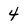
Character: 4